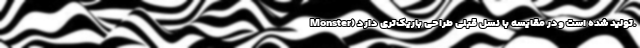
Monster) تولید شده است ودر مقایسه با نسل قبلی طراحی باریک‌تری دارد.